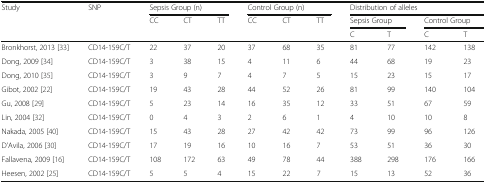
<table><thead><tr><td rowspan="3"><b>Study</b></td><td rowspan="3"><b>SNP</b></td><td colspan="3"><b>Sepsis Group (n)</b></td><td colspan="3"><b>Control Group (n)</b></td><td colspan="4"><b>Distribution of alleles</b></td></tr><tr><td rowspan="2"><b>CC</b></td><td rowspan="2"><b>CT</b></td><td rowspan="2"><b>TT</b></td><td rowspan="2"><b>CC</b></td><td rowspan="2"><b>CT</b></td><td rowspan="2"><b>TT</b></td><td colspan="2"><b>Sepsis Group</b></td><td colspan="2"><b>Control Group</b></td></tr><tr><td><b>C</b></td><td><b>T</b></td><td><b>C</b></td><td><b>T</b></td></tr></thead><tbody><tr><td>Bronkhorst, 2013 [33]</td><td>CD14-159C/T</td><td>22</td><td>37</td><td>20</td><td>37</td><td>68</td><td>35</td><td>81</td><td>77</td><td>142</td><td>138</td></tr><tr><td>Dong, 2009 [34]</td><td>CD14-159C/T</td><td>3</td><td>38</td><td>15</td><td>4</td><td>11</td><td>6</td><td>44</td><td>68</td><td>19</td><td>23</td></tr><tr><td>Dong, 2010 [35]</td><td>CD14-159C/T</td><td>3</td><td>9</td><td>7</td><td>4</td><td>7</td><td>5</td><td>15</td><td>23</td><td>15</td><td>17</td></tr><tr><td>Gibot, 2002 [22]</td><td>CD14-159C/T</td><td>19</td><td>43</td><td>28</td><td>44</td><td>52</td><td>26</td><td>81</td><td>99</td><td>140</td><td>104</td></tr><tr><td>Gu, 2008 [29]</td><td>CD14-159C/T</td><td>5</td><td>23</td><td>14</td><td>16</td><td>35</td><td>12</td><td>33</td><td>51</td><td>67</td><td>59</td></tr><tr><td>Lin, 2004 [32]</td><td>CD14-159C/T</td><td>0</td><td>4</td><td>3</td><td>2</td><td>6</td><td>1</td><td>4</td><td>10</td><td>10</td><td>8</td></tr><tr><td>Nakada, 2005 [40]</td><td>CD14-159C/T</td><td>15</td><td>43</td><td>28</td><td>27</td><td>42</td><td>42</td><td>73</td><td>99</td><td>96</td><td>126</td></tr><tr><td>D’Avila, 2006 [30]</td><td>CD14-159C/T</td><td>17</td><td>19</td><td>16</td><td>10</td><td>16</td><td>7</td><td>53</td><td>51</td><td>36</td><td>30</td></tr><tr><td>Fallavena, 2009 [16]</td><td>CD14-159C/T</td><td>108</td><td>172</td><td>63</td><td>49</td><td>78</td><td>44</td><td>388</td><td>298</td><td>176</td><td>166</td></tr><tr><td>Heesen, 2002 [25]</td><td>CD14-159C/T</td><td>5</td><td>5</td><td>4</td><td>15</td><td>22</td><td>7</td><td>15</td><td>13</td><td>52</td><td>36</td></tr></tbody></table>